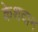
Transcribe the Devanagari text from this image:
केशदान